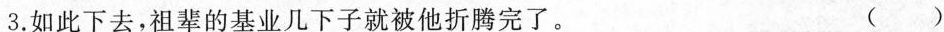
3.如此下去，祖辈的基业几下子就被他折腾完了。 ( )